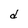
Character: d